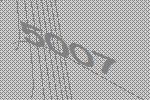
5007